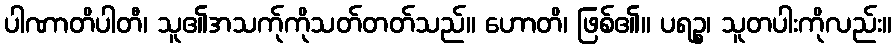
ပါဏာတိပါတီ၊ သူ၏အသက်ုကိုသတ်တတ်သည်။ ဟောတိ၊ ဖြစ်၏။ ပရဉ္စ၊ သူတပါးကိုလည်း။